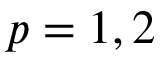
p = 1 , 2